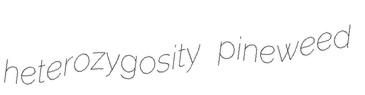
heterozygosity pineweed